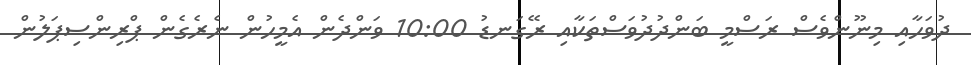
ދުވަހާއި މިނޫންވެސް ރަސްމީ ބަންދުދުވަސްތަކާއި ރޭގަނޑު 10:00 ވަންދެން އެމީހުން ނެރެގެން ޕްރިންސިޕަލުން